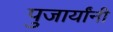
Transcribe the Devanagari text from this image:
पुजार्यांनी